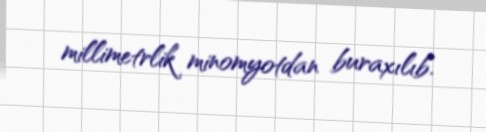
millimetrlik minomyotdan buraxılıb.